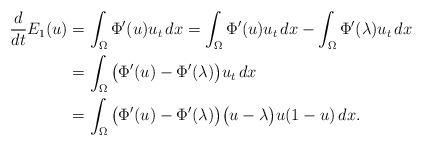
LaTeX: \begin{align*}\frac{d}{dt} E_1(u)&=\int_\Omega \Phi'(u)u_t\,dx=\int_\Omega \Phi'(u)u_t\,dx-\int_\Omega \Phi'(\lambda)u_t\,dx\\&=\int_\Omega \big(\Phi'(u)-\Phi'(\lambda) \big) u_t\,dx \\&=\int_\Omega \big(\Phi'(u)-\Phi'(\lambda) \big) \big(u-\lambda \big ) u(1-u)\,dx. \end{align*}